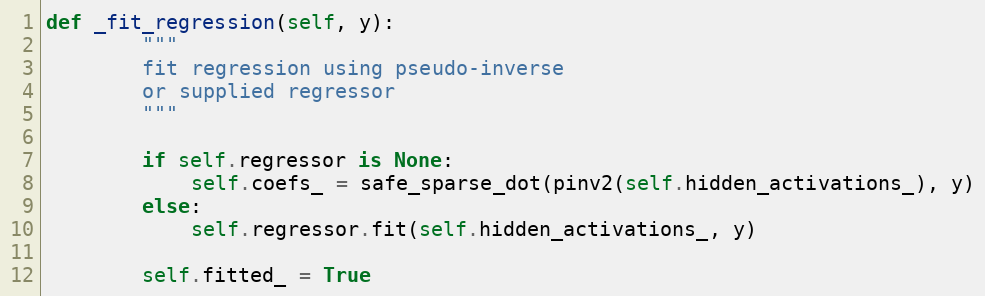
Language: Python
def _fit_regression(self, y):
        """
        fit regression using pseudo-inverse
        or supplied regressor
        """

        if self.regressor is None:
            self.coefs_ = safe_sparse_dot(pinv2(self.hidden_activations_), y)
        else:
            self.regressor.fit(self.hidden_activations_, y)

        self.fitted_ = True